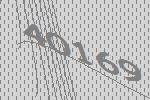
40169